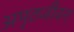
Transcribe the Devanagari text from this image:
अमृतजीवन